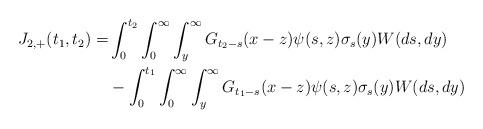
LaTeX: \begin{align*} J_{2,+}(t_1,t_2) = &\int_0^{t_2} \int_0^{\infty}\int_y^{\infty} G_{t_2-s}(x-z) \psi(s,z) \sigma_s(y) W(ds,dy)\\&-\int_0^{t_1} \int_0^{\infty}\int_y^{\infty} G_{t_1-s}(x-z) \psi(s,z) \sigma_s(y) W(ds,dy)\end{align*}